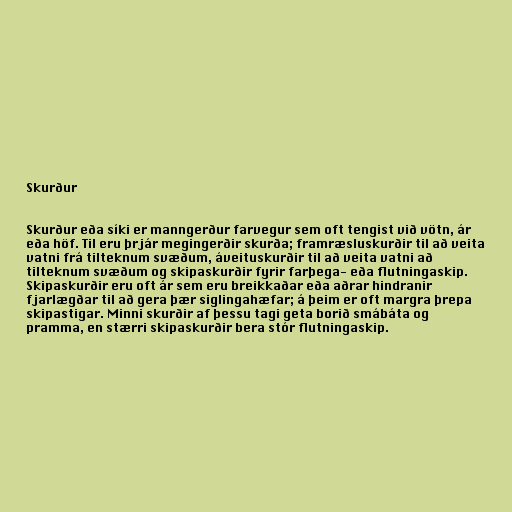
Skurður

Skurður eða síki er manngerður farvegur sem oft tengist við vötn, ár
eða höf. Til eru þrjár megingerðir skurða; framræsluskurðir til að veita
vatni frá tilteknum svæðum, áveituskurðir til að veita vatni að
tilteknum svæðum og skipaskurðir fyrir farþega- eða flutningaskip.
Skipaskurðir eru oft ár sem eru breikkaðar eða aðrar hindranir
fjarlægðar til að gera þær siglingahæfar; á þeim er oft margra þrepa
skipastigar. Minni skurðir af þessu tagi geta borið smábáta og
pramma, en stærri skipaskurðir bera stór flutningaskip.